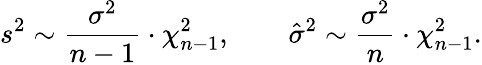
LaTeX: s^{2}\sim{\frac{\sigma^{2}}{n-1}}\cdot\chi_{n-1}^{2},\qquad{\hat{\sigma}}^{2}\sim{\frac{\sigma^{2}}{n}}\cdot\chi_{n-1}^{2}.